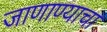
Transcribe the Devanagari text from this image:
जाणाण्याचा